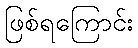
ဖြစ်ရကြောင်း